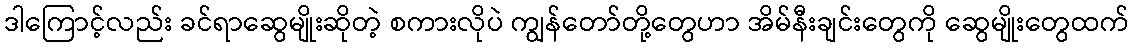
ဒါကြောင့်လည်း ခင်ရာဆွေမျိုးဆိုတဲ့ စကားလိုပဲ ကျွန်တော်တို့တွေဟာ အိမ်နီးချင်းတွေကို ဆွေမျိုးတွေထက်